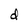
Character: d